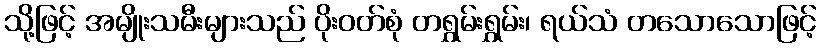
သို့ဖြင့် အမျိုးသမီးများသည် ပိုးဝတ်စုံ တရွှမ်းရွှမ်း၊ ရယ်သံ တသောသောဖြင့်